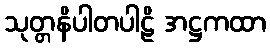
သုတ္တနိပါတပါဠိ အဋ္ဌကထာ